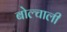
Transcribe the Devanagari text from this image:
बोल्चाली